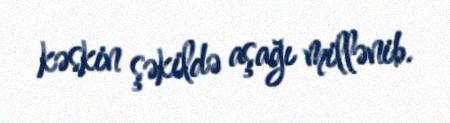
kəskin şəkildə aşağı millənib.